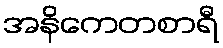
အနိကေတစာရီ